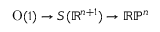
{ \mathrm { O } } ( 1 ) \to S ( \mathbb { R } ^ { n + 1 } ) \to \mathbb { R P } ^ { n }